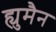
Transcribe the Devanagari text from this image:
ह्युमैन